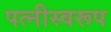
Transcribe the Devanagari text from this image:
पत्नीस्वरूप